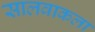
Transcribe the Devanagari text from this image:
सालवाकला